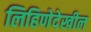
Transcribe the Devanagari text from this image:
लिहिणेदेखील